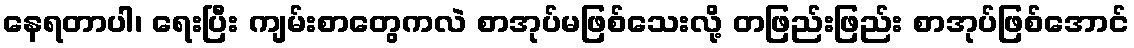
နေရတာပါ၊ ရေးပြီး ကျမ်းစာတွေကလဲ စာအုပ်မဖြစ်သေးလို့ တဖြည်းဖြည်း စာအုပ်ဖြစ်အောင်